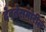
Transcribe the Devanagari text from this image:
देवतेसमोरील